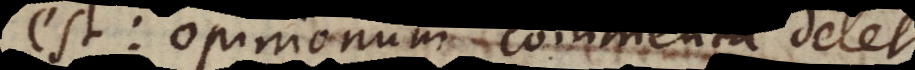
est: opinionum commenta delet